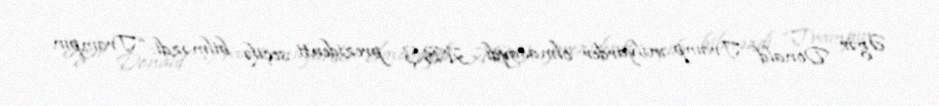
Əgər Donald Tramp milyarder olmasaydı ABŞ prezidenti seçilə bilməzdi: “Trampın